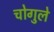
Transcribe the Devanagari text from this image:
चोगुले